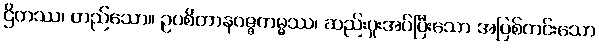
ဌိတဿ၊ တည်သော။ ဥပစိတာနဝဇ္ဇကမ္မ္မဿ၊ ဆည်းပူးအပ်ပြီးသော အပြစ်ကင်းသော